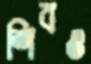
শিবও